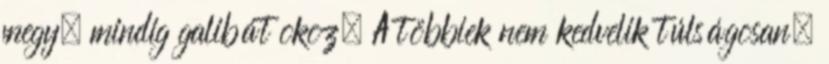
megy, mindig galibát okoz. A többiek nem kedvelik túlságosan,